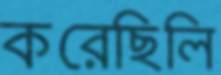
করেছিলি